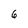
Character: 6